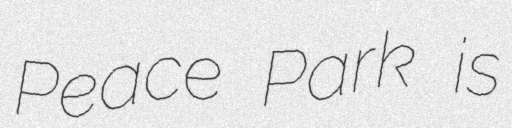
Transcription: Peace Park is